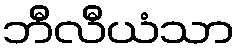
ဘီလီယံသာ